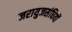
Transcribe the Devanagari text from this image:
जरायुजसंधियों